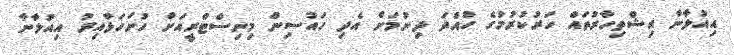
އިއުލާނާ އިޝްތިހާރުތައް ހަރުކުރުމުގެ ހުއްދަ ދިނުމަށް އެދި ހައުސިން މިނިސްޓްރީއަށް ހުށަހަޅާއިރު އިއުލާނާ